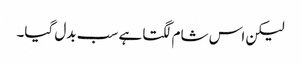
لیکن اس شام لگتا ہے سب بدل گیا۔